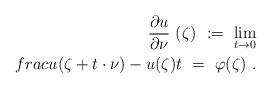
LaTeX: \begin{align*}\frac{\partial u}{\partial \nu}\ (\zeta)\ :=\ \lim_{t\to 0}\\frac{u(\zeta+t\cdot\nu)-u(\zeta)}{t}\ =\ \varphi(\zeta)\ .\end{align*}